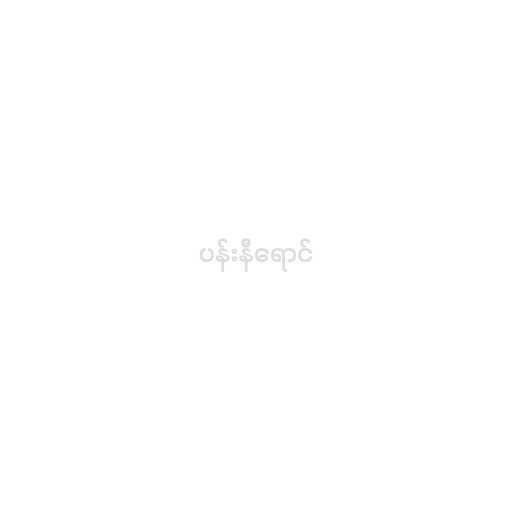
ပန်းနီရောင်